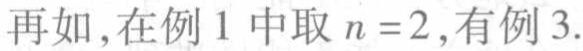
再如,在例 1 中取 \(n = 2\),有例 3.